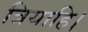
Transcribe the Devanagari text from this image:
त्रियाहि।